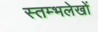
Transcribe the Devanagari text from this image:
स्तम्भलेखों